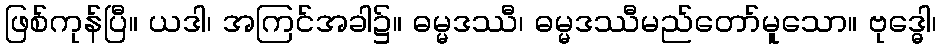
ဖြစ်ကုန်ပြီ။ ယဒါ၊ အကြင်အခါ၌။ ဓမ္မဒဿီ၊ ဓမ္မဒဿီမည်တော်မူသော။ ဗုဒ္ဓေါ၊